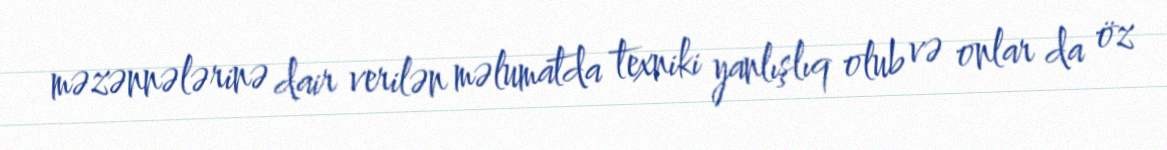
məzənnələrinə dair verilən məlumatda texniki yanlışlıq olub və onlar da öz